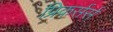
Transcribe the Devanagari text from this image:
प्रिकर्सर्स